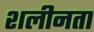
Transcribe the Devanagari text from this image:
शलीनता